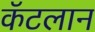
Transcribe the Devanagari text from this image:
कॅटलान